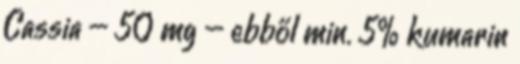
Cassia – 50 mg – ebből min. 5% kumarin